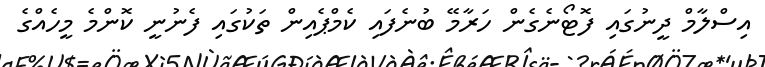
އިސްލާމް ދީނުގައި ފޮޓޯނެގެން ހަރާމޭ ބުނެފައި ކެމްޕެއިން ތަކުގައި ފެނުނީ ކޮންމެ މީހެއްގެ